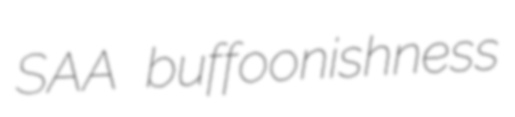
SAA buffoonishness